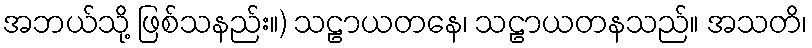
အဘယ်သို့ ဖြစ်သနည်း။) သဠာယတနေ၊ သဠာယတနသည်။ အသတိ၊